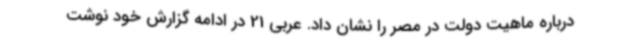
درباره ماهیت دولت در مصر را نشان داد. عربی 21 در ادامه گزارش خود نوشت